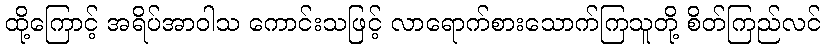
ထို့ကြောင့် အရိပ်အာဝါသ ကောင်းသဖြင့် လာရောက်စားသောက်ကြသူတို့ စိတ်ကြည်လင်